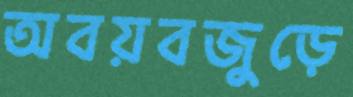
অবয়বজুড়ে